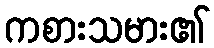
ကစားသမား၏